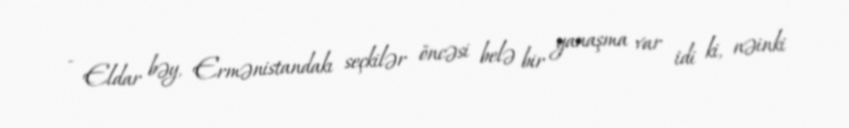
- Eldar bəy, Ermənistandakı seçkilər öncəsi belə bir yanaşma var idi ki, nəinki